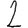
Digit: 2